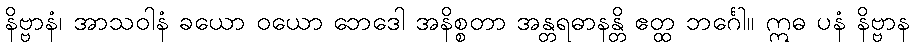
နိဗ္ဗာနံ၊ အာသဝါနံ ခယော ဝယော ဘေဒေါ အနိစ္စတာ အန္တရဓာနန္တိ ဧတ္ထ ဘင်္ဂေါ။ ဣဓ ပနံ နိဗ္ဗာန